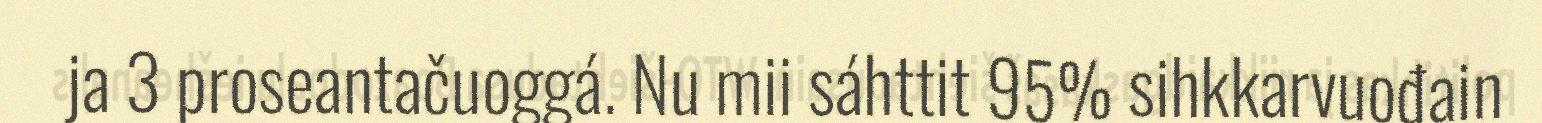
ja 3 proseantačuoggá. Nu mii sáhttit 95% sihkkarvuođain